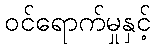
ဝင်ရောက်မှုနှင့်